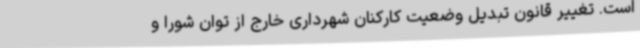
است. تغییر قانون تبدیل وضعیت کارکنان شهرداری خارج از توان شورا و